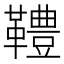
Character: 䪆